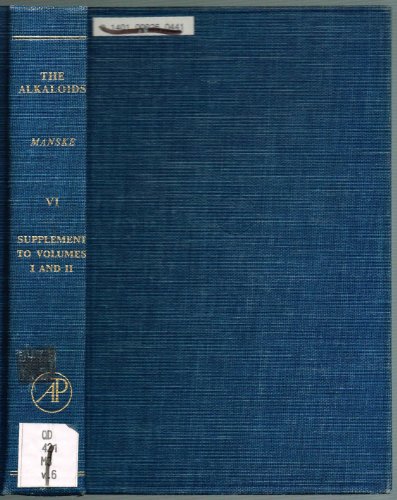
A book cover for THE ALKALOIDS: Volume VI (6, Six) (Supplement to Vol. I & II); Chemistry and Physiology.; Richard Helmuth Fred (Ed) Manske; Science & Math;